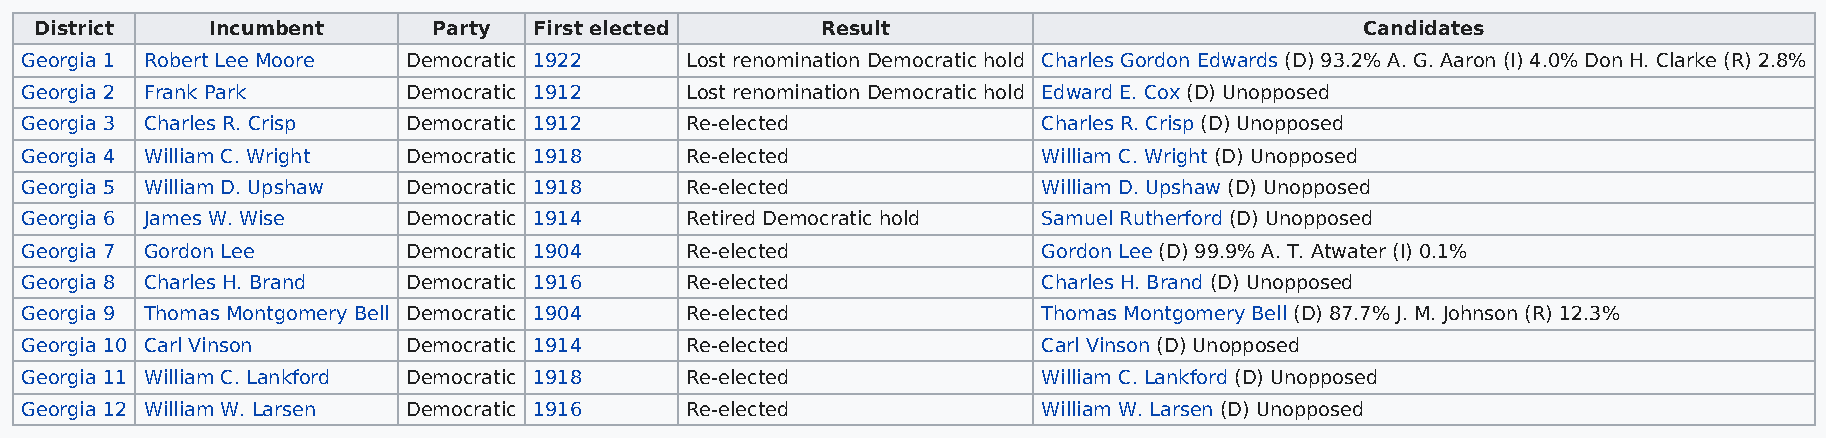
District    Incumbent      Party First elected      Result                              Candidates
 Georgia 1 Robert Lee Moore Democratic 1922  Lost renomination Democratic hold Charles Gordon Edwards (D) 93.2% A. G. Aaron (I) 4.0% Don H. Clarke (R) 2.8%
 Georgia 2 Frank Park      Democratic 1912   Lost renomination Democratic hold Edward E. Cox (D) Unopposed
 Georgia 3 Charles R. Crisp Democratic 1912  Re-elected              Charles R. Crisp (D) Unopposed
 Georgia 4 William C. Wright Democratic 1918 Re-elected              William C. Wright (D) Unopposed
 Georgia 5 William D. Upshaw Democratic 1918 Re-elected              William D. Upshaw (D) Unopposed
 Georgia 6 James W. Wise   Democratic 1914   Retired Democratic hold Samuel Rutherford (D) Unopposed
 Georgia 7 Gordon Lee      Democratic 1904   Re-elected              Gordon Lee (D) 99.9% A. T. Atwater (I) 0.1%
 Georgia 8 Charles H. Brand Democratic 1916  Re-elected              Charles H. Brand (D) Unopposed
 Georgia 9 Thomas Montgomery Bell Democratic 1904 Re-elected         Thomas Montgomery Bell (D) 87.7% J. M. Johnson (R) 12.3%
 Georgia 10 Carl Vinson    Democratic 1914   Re-elected              Carl Vinson (D) Unopposed
 Georgia 11 William C. Lankford Democratic 1918 Re-elected           William C. Lankford (D) Unopposed
 Georgia 12 William W. Larsen Democratic 1916 Re-elected             William W. Larsen (D) Unopposed